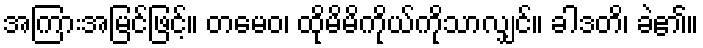
အကြားအမြင်ဖြင့်။ တမေဝ၊ ထိုမိမိကိုယ်ကိုသာလျှင်။ ခါဒတိ၊ ခဲ၏။